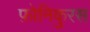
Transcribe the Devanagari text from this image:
फ़ोनिकुरस